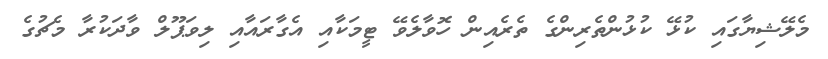
މެލޭޝިޔާގައި ކުޅޭ ކުޅުންތެރިންގެ ތެރެއިން ހޮވާލެވޭ ޓީމަކާއި އެގާރައާއި ލިވަޕޫލް ވާދަކުރާ މެޗުގެ